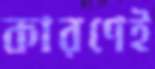
কারণেই